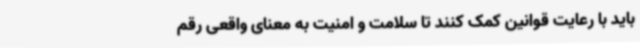
باید با رعایت قوانین کمک کنند تا سلامت و امنیت به معنای واقعی رقم